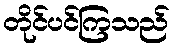
တိုင်ပင်ကြသည်